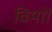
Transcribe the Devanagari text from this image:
विमाों